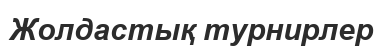
Жолдастық турнирлер